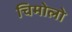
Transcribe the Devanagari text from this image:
चिमोलो